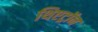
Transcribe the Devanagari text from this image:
थिएट्रॉन